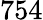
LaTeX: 754